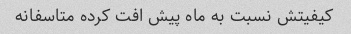
کیفیتش نسبت به ماه پیش افت کرده متاسفانه